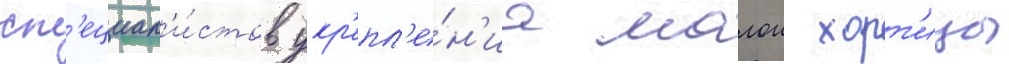
сп'ециал'и́стов укр'епл'е́н'иа малои хорт'ицы